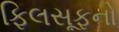
ફિલસૂફનો